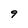
Character: 9